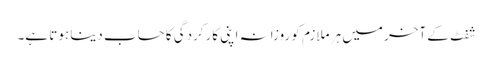
شِفٹ کے آخر میں ہر ملازم کو روزانہ اپنی کارکردگی کا حساب دینا ہوتا ہے۔